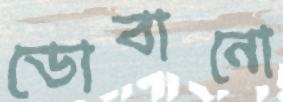
ডোবানো